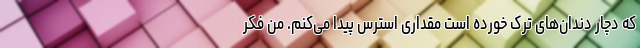
که دچار دندان‌های ترک خورده است مقداری استرس پیدا می‌کنم. من فکر